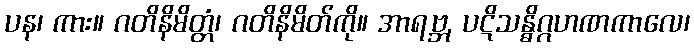
ပန၊ ကား။ ဂတိနိမိတ္တံ၊ ဂတိနိမိတ်ကို။ အာရဗ္ဘ, ပဋိသန္ဓိဂ္ဂဟဏကာလေ၊